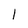
Character: 1